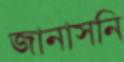
জানাসনি